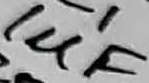
Text: 1µF